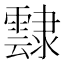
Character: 霴